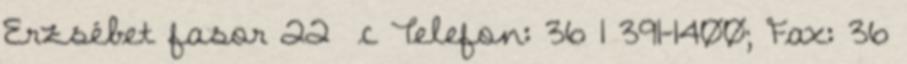
Erzsébet fasor 22 c Telefon: 36 1 391-1400; Fax: 36